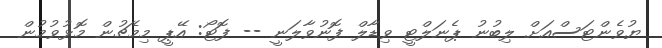
ޔުވެންޓަސްއަށް ލިބުނު ޕެނަލްޓީ ވިޑާލް ފޮނުވާލަނީ -- ފޮޓޯ: އޭޕީ މިމެޗުން މޮޅުވުމުން